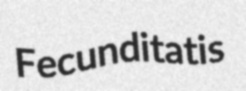
Fecunditatis